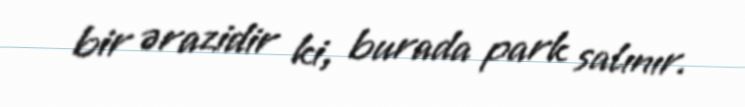
bir ərazidir ki, burada park salınır.